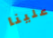
علينا